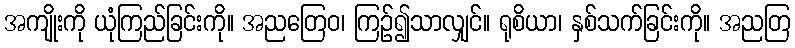
အကျိုးကို ယုံကြည်ခြင်းကို။ အညတြေဝ၊ ကြဉ်၍သာလျှင်။ ရုစိယာ၊ နှစ်သက်ခြင်းကို။ အညတြ